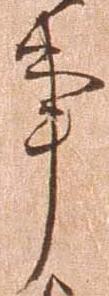
事